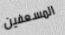
المسعفين